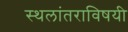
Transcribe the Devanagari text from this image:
स्थलांतराविषयी